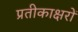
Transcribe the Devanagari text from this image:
प्रतीकाक्षरों